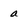
Character: a